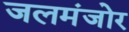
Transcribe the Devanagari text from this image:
जलमंजोर